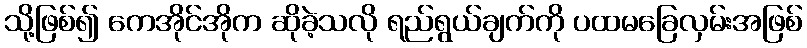
သို့ဖြစ်၍ ကေအိုင်အိုက ဆိုခဲ့သလို ရည်ရွယ်ချက်ကို ပထမခြေလှမ်းအဖြစ်